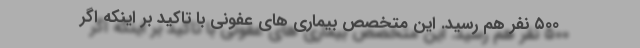
۵۰۰ نفر هم رسید. این متخصص بیماری های عفونی با تاکید بر اینکه اگر